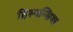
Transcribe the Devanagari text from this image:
हिस्पन्सिया